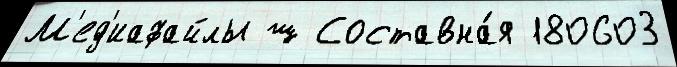
М'ед'иафайлы ш Составна́я 180603